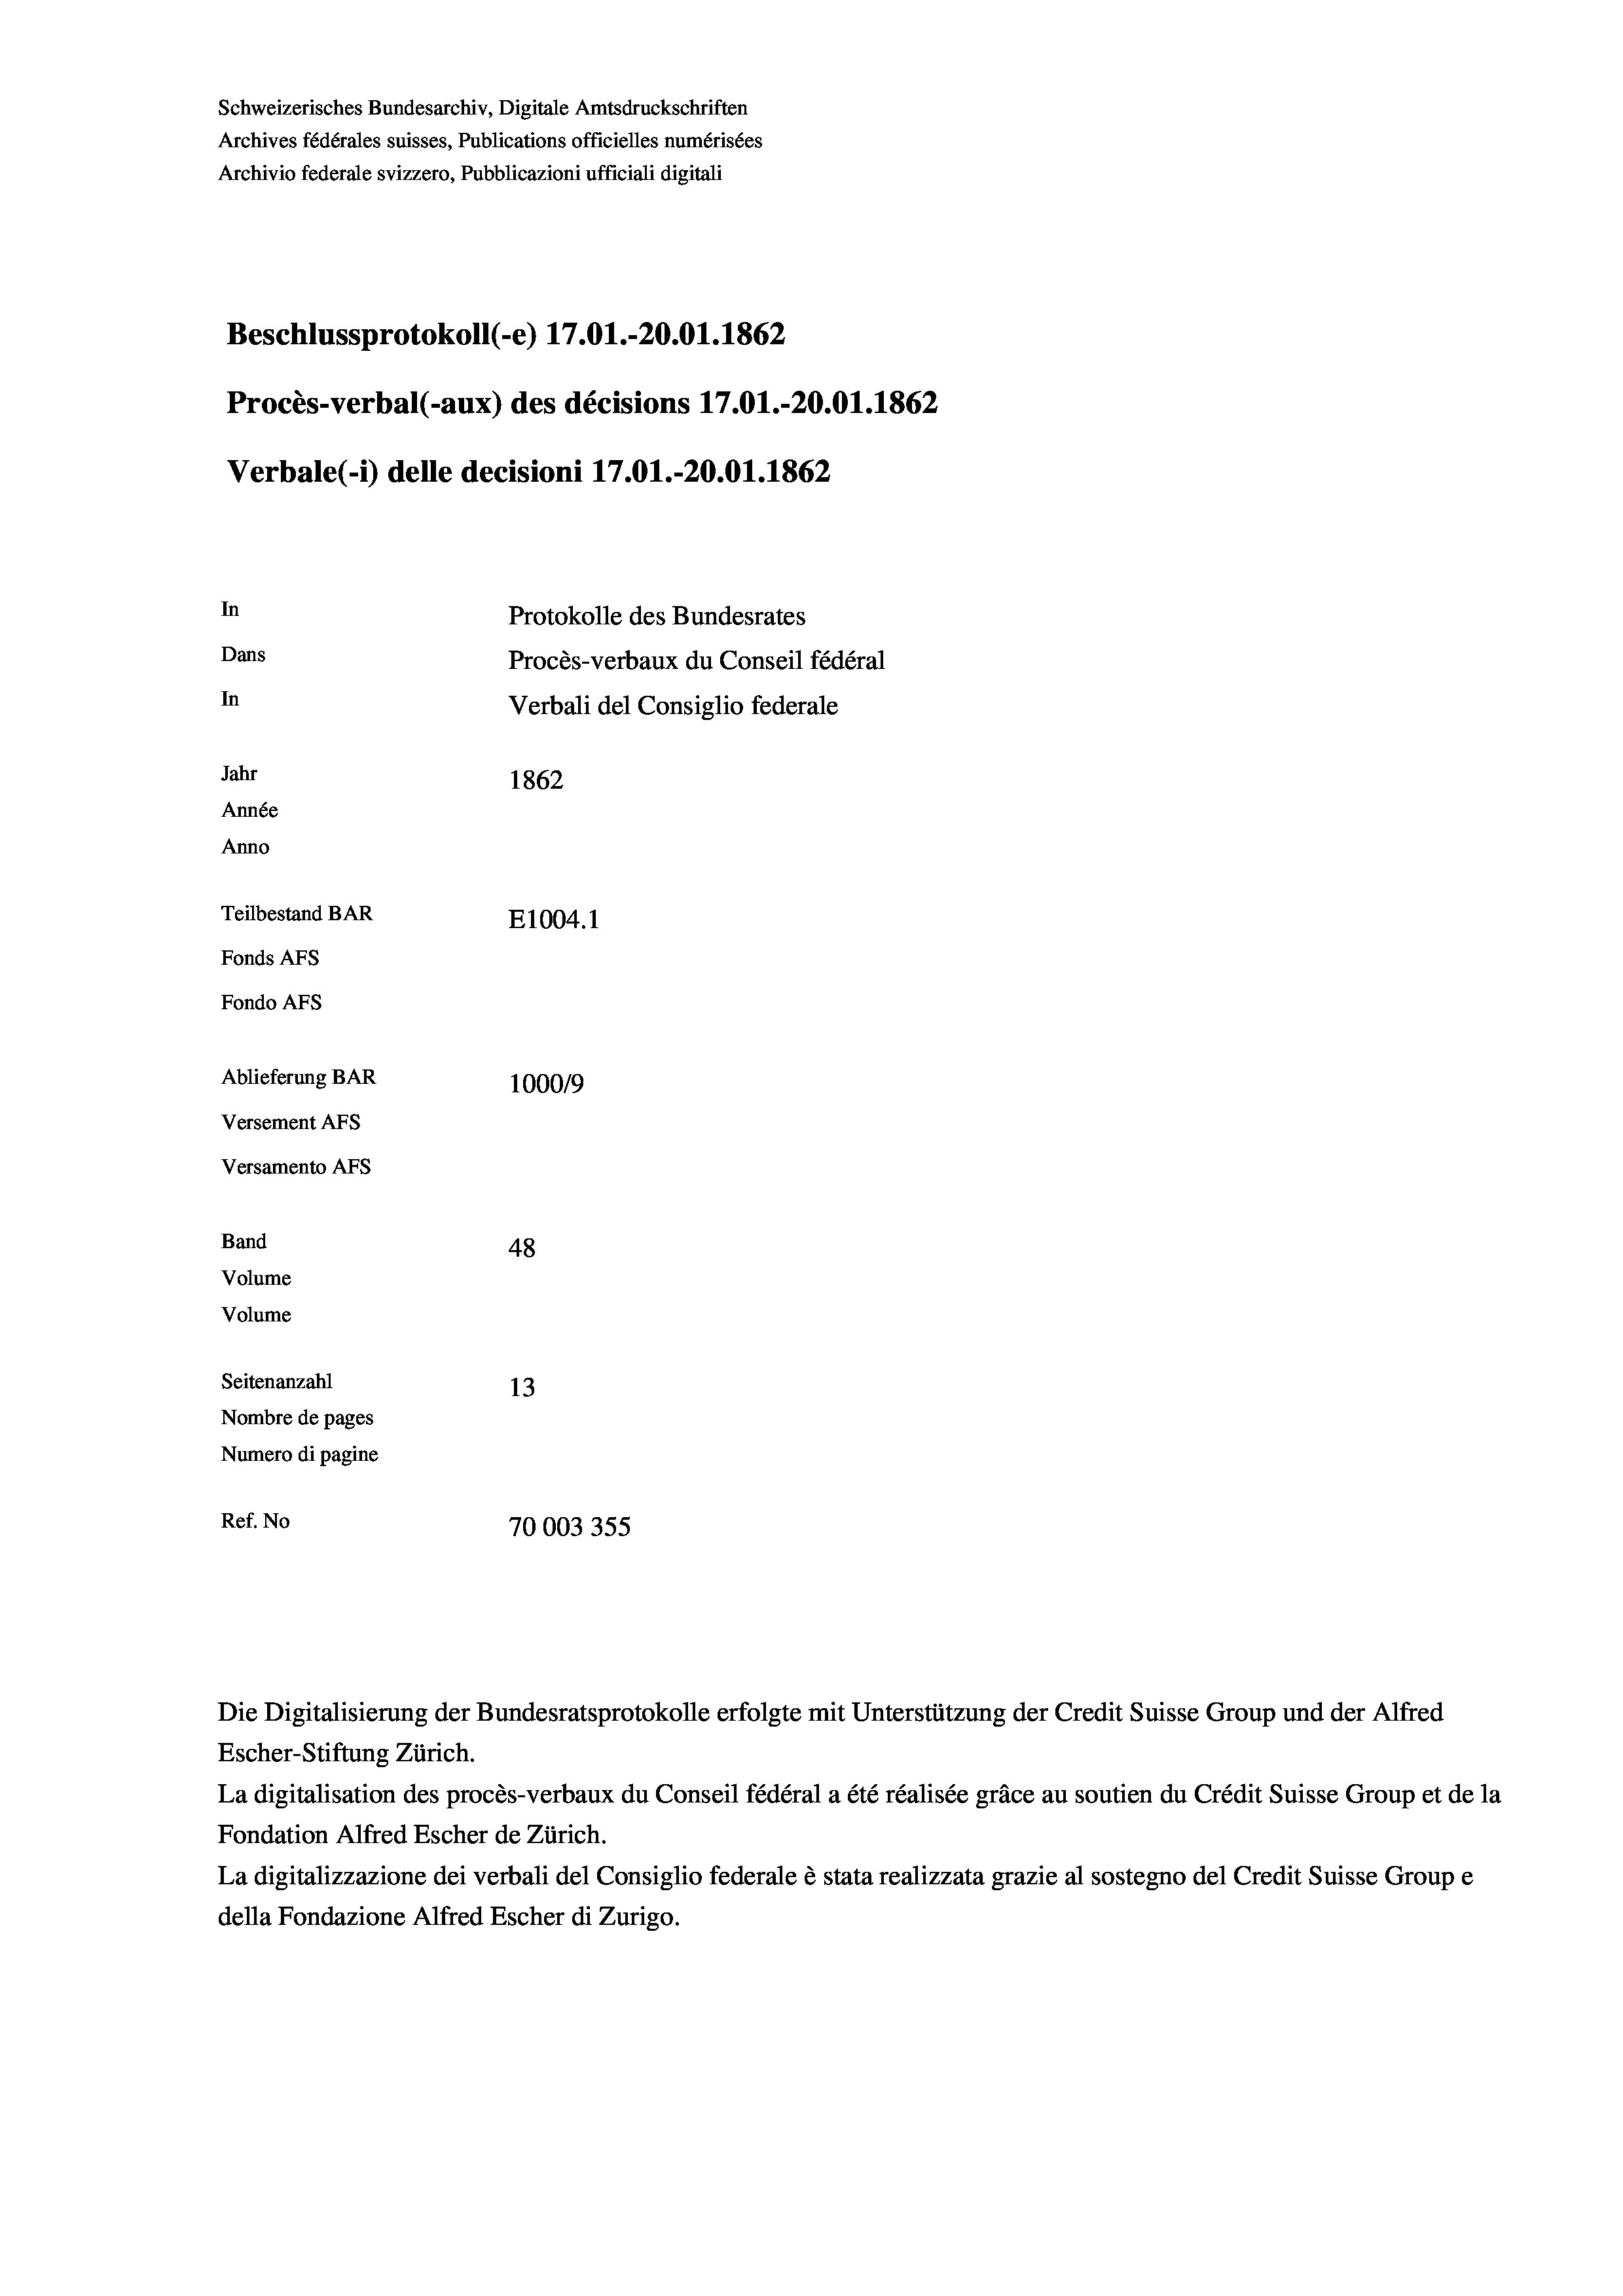
Schweizerisches Bundesarchiv, Digitale Amtsdruckschriften
Archives fédérales suisses, Publications officielles numérisées
Archivio federale svizzero, Pubblicazioni ufficiali digitali
Beschlussprotokoll (-e) 17.01.-20.01. 1862
Procès-verbal (-aux) des décisions 17.01.-20.01. 1862
Verbale (- 1) delle decisioni 17.01.-20.01. 1862
In
Protokolle des Bundesrates
Dans
Procès-verbaux du Conseil fédéral
In
Verbali del Consiglio federale
Jahr
1862
Année
Anno
Teilbestand BAR
E1004. 1
Fonds AFs
Fondo Afs
Ablieferung BAR
100019
Versement AFs
Versamento AFs
Band
48
Volume
Volume

Seitenanzahl
13
Nombre de pages
Numero di pagine
Ref. No
70003355

Escher-Stiftung Zürich.
La digitalisation des procès-verbaux du Conseil fédéral a été réalisée gräce au soutien du Crédit Suisse Group et de la
Fondation Alfred Escher de Zürich.
La digitalizzazione dei verbali del Consiglio federale è stata realizzata grazie al sostegno del Credit Suisse Groupe
della Fondazione Alfred Escher di Zurigo.

Die Digitalisierung der Bundesratsprotokolle erfolgte mit Unterstützung der Credit Suisse Group und der Alfred